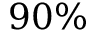
9 0 \%